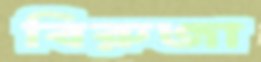
বিরুজা